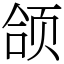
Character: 颌